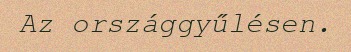
Az országgyűlésen.